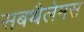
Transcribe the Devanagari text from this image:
सबथैलेमस